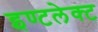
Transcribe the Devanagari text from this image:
इण्टलेक्ट